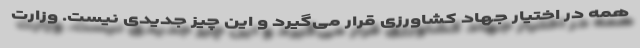
همه در اختیار جهاد کشاورزی قرار می‌گیرد و این چیز جدیدی نیست. وزارت